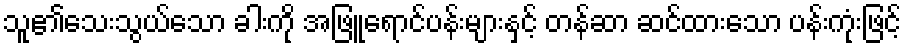
သူ၏သေးသွယ်သော ခါးကို အဖြူရောင်ပန်းများနှင့် တန်ဆာ ဆင်ထားသော ပန်းကုံးဖြင့်